Civil Veterinary Department. Madras. Admin. report 1926-33 - 1926-1933
Year: 1926
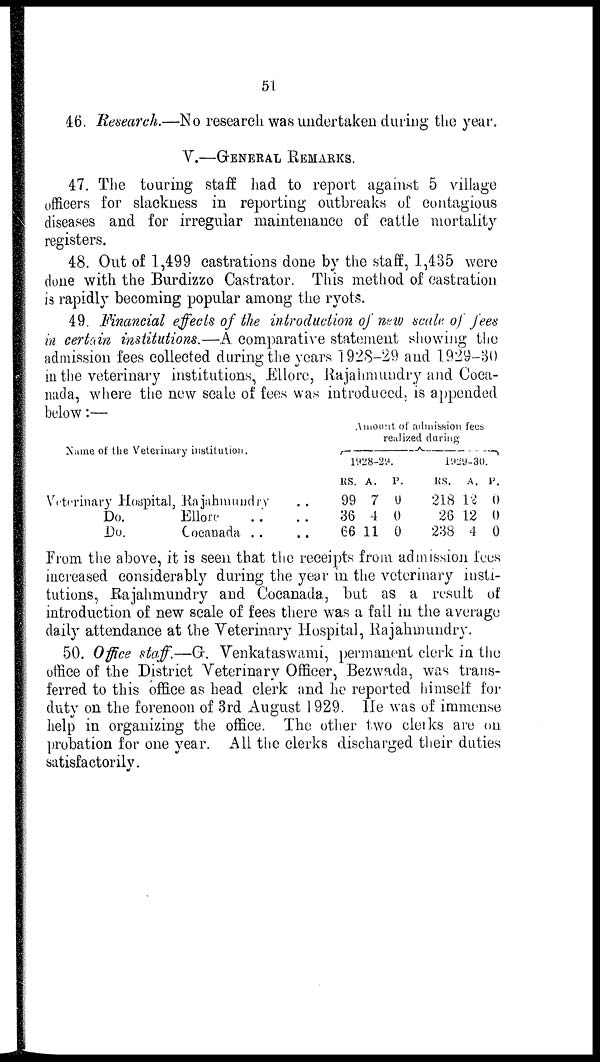
51
46. Research.—No research was undertaken during the year.
V.—GENERAL REMARKS.
47. The touring staff had to report against 5 village
officers for slackness in reporting outbreaks of contagious
diseases and for irregular maintenance of cattle mortality
registers.
48. Out of 1,499 castrations done by the staff, 1,435 were
done with the Burdizzo Castrator. This method of castration
is rapidly becoming popular among the ryots.
49. Financial effects of the introduction of new scale of fees
in certain institutions.—A comparative statement showing the
admission fees collected during the years 1928-29 and 1929-30
in the veterinary institutions, Ellore, Rajahmundry and Coca-
nada, where the new scale of fees was introduced, is appended
below:—
Name of the Veterinary institution.
Veterinary Hospital, Rajahmundry ..
Do.
Ellore .. ..
Do.
Cocanada .. ..
Amount of admission fees
realized during
1928-29.
RS.
99
36
66
A.
7
4
11
P.
0
0
0
1929-30.
RS.
218
26
238
A.
12
12
4
P.
0
0
0
From the above, it is seen that the receipts from admission fees
increased considerably during the year in the veterinary insti-
tutions, Rajahmundry and Cocanada, but as a result of
introduction of new scale of fees there was a fail in the average
daily attendance at the Veterinary Hospital, Rajahmundry.
50. Office staff.—G. Venkataswami, permanent clerk in the
office of the District Veterinary Officer, Bezwada, was trans-
ferred to this office as head clerk and he reported himself for
duty on the forenoon of 3rd August 1929. He was of immense
help in organizing the office. The other two clerks are on
probation for one year. All the clerks discharged their duties
satisfactorily.